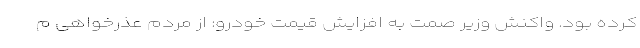
کرده بود. واکنش وزیر صمت به افزایش قیمت خودرو: از مردم عذرخواهی م